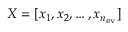
X = [ x _ { 1 } , x _ { 2 } , \dotsc , x _ { n _ { \mathrm { e v } } } ]